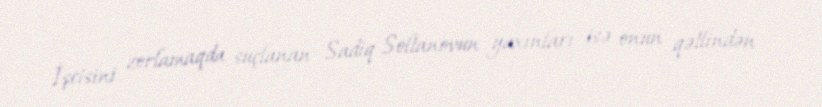
İşcisini zorlamaqda suçlanan Sadiq Soltanovun yaxınları isə onun qətlindən